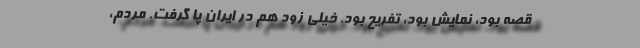
قصه بود، نمایش بود، تفریح بود. خیلی زود هم در ایران پا گرفت. مردم،